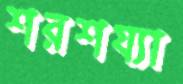
শরশয্যা